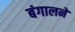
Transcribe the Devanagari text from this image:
बंगालने